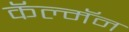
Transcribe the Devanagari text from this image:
कॅल्मॅन